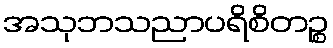
အသုဘသညာပရိစိတဉ္စ